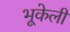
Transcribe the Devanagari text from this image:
भूकेली